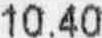
10.40